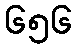
၆၅၆